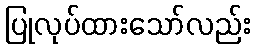
ပြုလုပ်ထားသော်လည်း